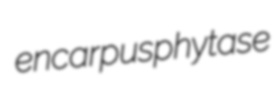
encarpus phytase